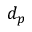
d _ { p }